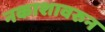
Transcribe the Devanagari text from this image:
नकाशावरुन